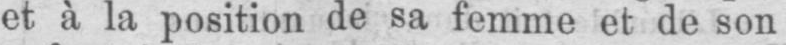
et à la position de sa femme et de son